Vaccination in Burma 1900-1911 - 1900-1911
Year: 1900
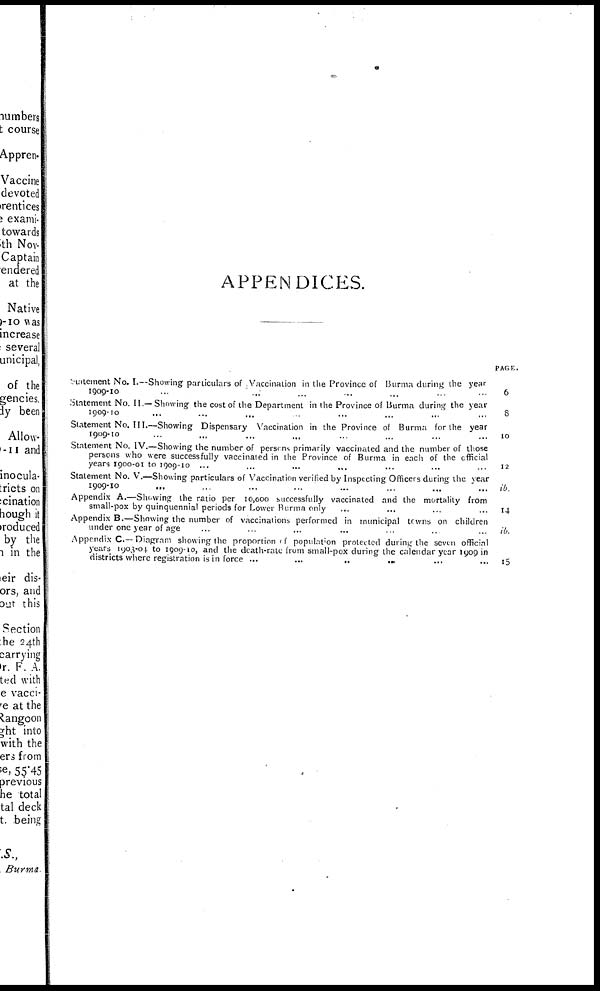
APPENDICES.
Statement No. I.—Showing particulars of Vaccination in the Province of Burma during the year
1909-10 ... ... ... ... ... ... ...
Statement No. II.—Showing the cost of the Department in the Province of Burma during the year
1909-10
...
...
...
...
...
...
...
Statement No. III.—Showing Dispensary Vaccination in the Province of Burma for the year
1909-10 ... ... ... ... ... ... ...
Statement No. IV.—Showing the number of persons primarily vaccinated and the number of those
persons who were successfully vaccinated in the Province of Burma in each of the official
years 1900-01 to 1909-10 ... ... ... ... ... ...
Statement No. V.—Showing particulars of Vaccination verified by Inspecting Officers during the year
1909-10 ... ... ... ... ... ... ...
Appendix A.—Showing the ratio per 10,000 successfully vaccinated and the mortality from
small-pox by quinquennial periods for Lower Burma only ... ... ... ...
Appendix B.—Showing the number of vaccinations performed in municipal towns on children
under one year of age ... ... ... ... ... ... ...
Appendix C—Diagram showing the proportion of population protected during the seven official
years 1903-04 to 1909-10, and the death-rale frum small-pox during the calendar year 1909 in
districts where registration is in force ...
...
..
... ... ...
PAGE.
6
8
10
12
ib.
14
ib.
15